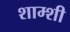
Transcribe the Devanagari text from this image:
शाम्शी